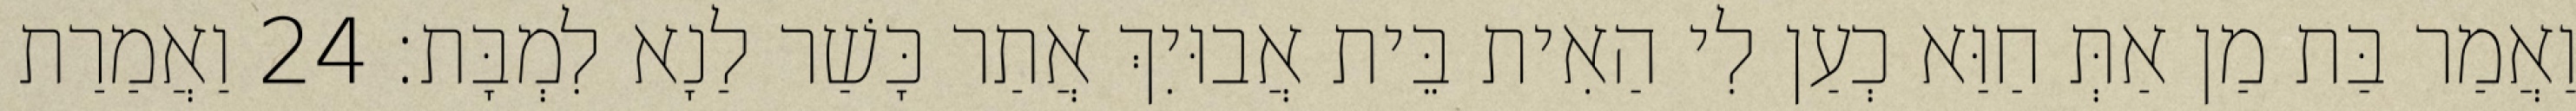
וַאֲמַר בַּת מַן אַתְּ חַוַּא כְעַן לִי הַאִית בֵּית אֲבוּיִךְ אֲתַר כָּשַׁר לַנָא לִמְבָּת׃ 24 וַאֲמַרַת